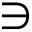
\ni